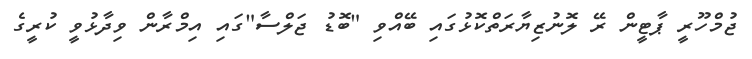
ޖުމްހޫރީ ޕާޓީން ރޭ ލޮނުޒިޔާރަތްކޮޅުގައި ބޭއްވި "ބޮޑު ޖަލްސާ"ގައި އިމްރާން ވިދާޅުވީ ކުރީގެ